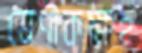
শ্রেণীকক্ষই